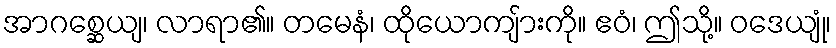
အာဂစ္ဆေယျ၊ လာရာ၏။ တမေနံ၊ ထိုယောကျ်ားကို။ ဧဝံ၊ ဤသို့။ ဝဒေယျုံ၊